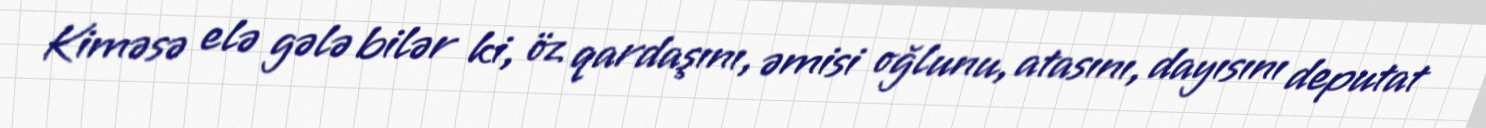
Kiməsə elə gələ bilər ki, öz qardaşını, əmisi oğlunu, atasını, dayısını deputat